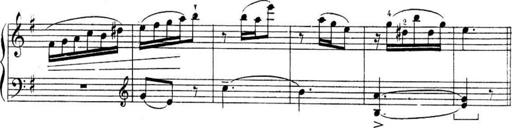
Title: Sonatines
Composer: Hedwige ChrÃ©tien